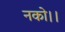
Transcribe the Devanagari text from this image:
नको।।